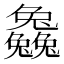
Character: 𠓗